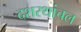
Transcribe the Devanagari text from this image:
दशरथांचल